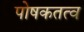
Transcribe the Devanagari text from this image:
पोषकतत्व